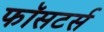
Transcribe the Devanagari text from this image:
फॉसटर्स